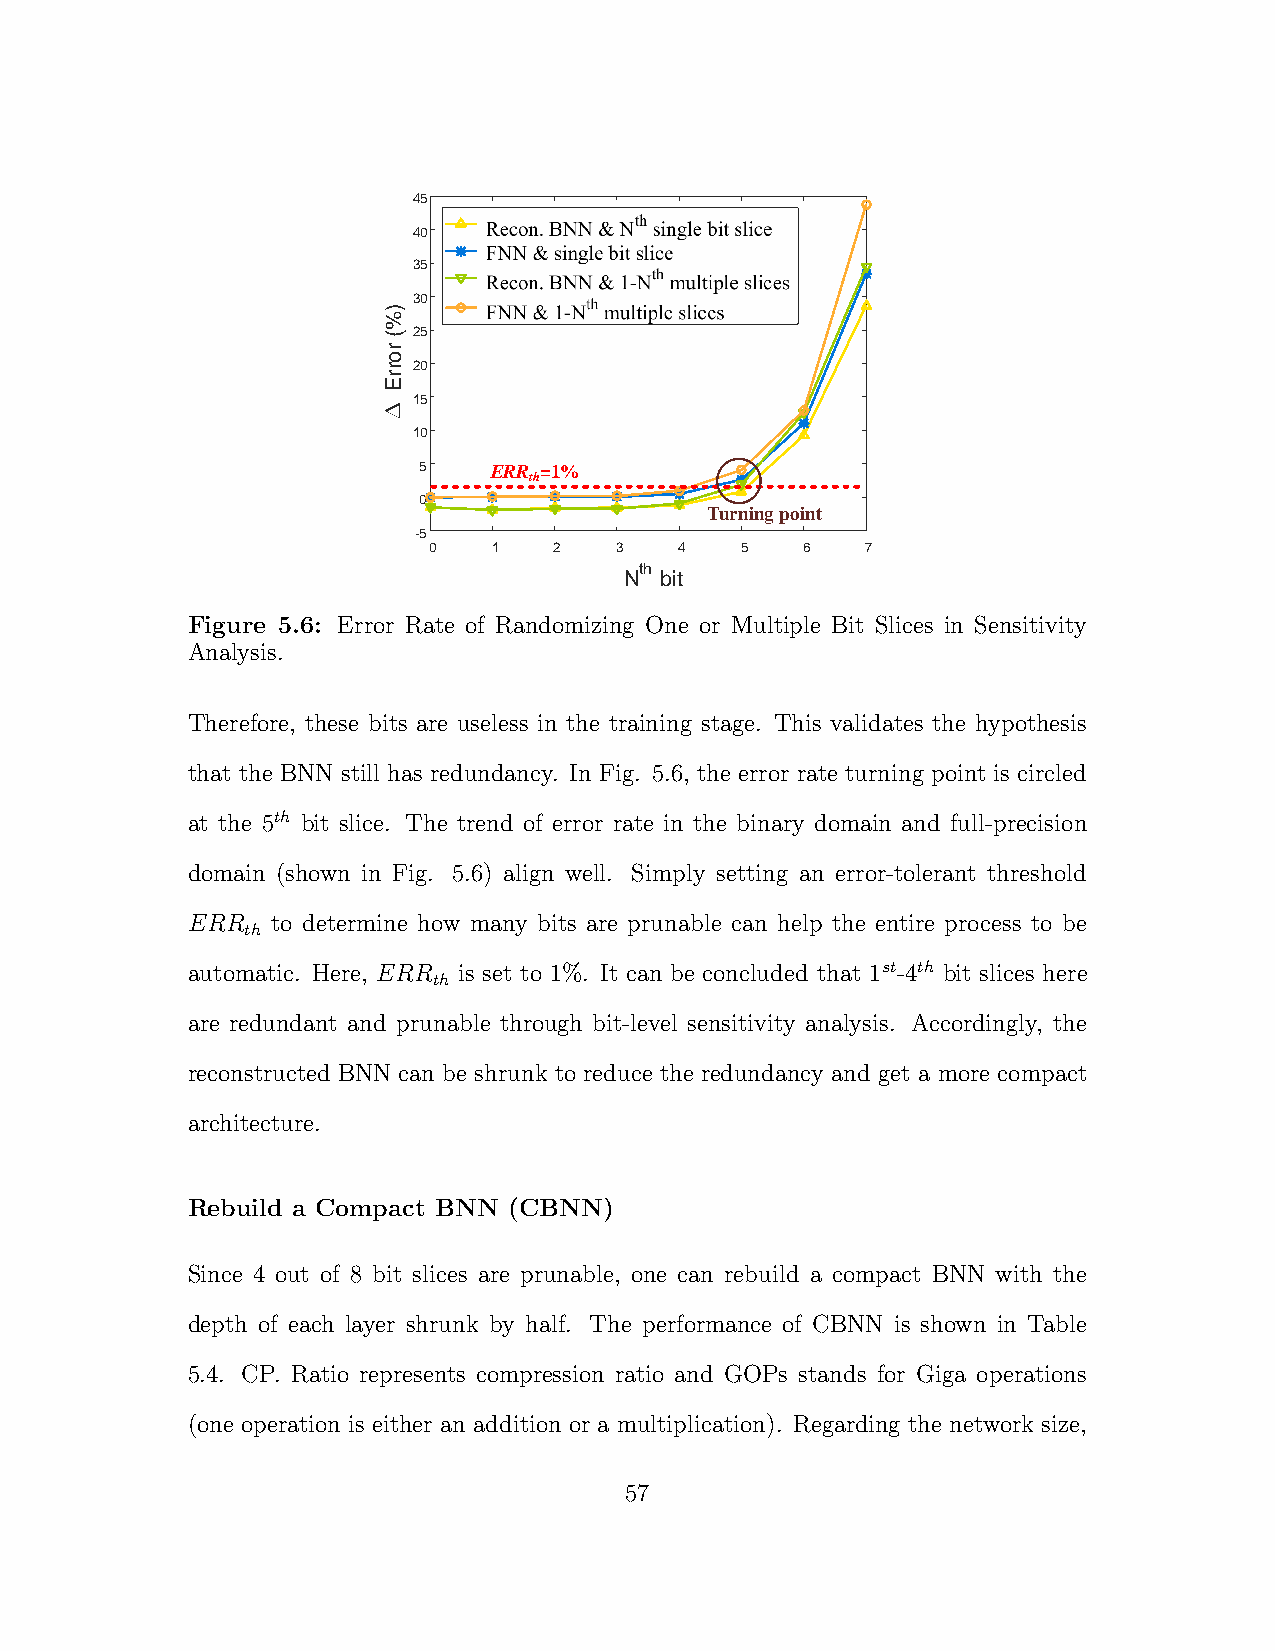
45
 40   BIBNN & Nth single bit slice
 FNN & single bit slice
 35
 BIBNN & 1-Nth multiple slices
 ) 30   FNN & 1-Nth multiple slices
 %
 ( 25
 r
 o
 r 20
 r
 E
 15
 10
 5   ERR =1%
 th
 0
 Turning point
 -5
 0    1   2   3   4   5   6   7
 th
 N  bit
 Figure 5.6: Error Rate of Randomizing One or Multiple Bit Slices in Sensitivity
 Analysis.
 Therefore, these bits are useless in the training stage. This validates the hypothesis
 that the BNN still has redundancy. In Fig. 5.6, the error rate turning point is circled
 at the 5th bit slice. The trend of error rate in the binary domain and full-precision
 domain (shown in Fig. 5.6) align well. Simply setting an error-tolerant threshold
 ERR   to determine how many bits are prunable can help the entire process to be
 th
 automatic. Here, ERR is set to 1%. It can be concluded that 1st-4th bit slices here
 th
 are redundant and prunable through bit-level sensitivity analysis. Accordingly, the
 reconstructed BNN can be shrunk to reduce the redundancy and get a more compact
 architecture.
 Rebuild a Compact BNN (CBNN)
 Since 4 out of 8 bit slices are prunable, one can rebuild a compact BNN with the
 depth of each layer shrunk by half. The performance of CBNN is shown in Table
 5.4. CP. Ratio represents compression ratio and GOPs stands for Giga operations
 (one operation is either an addition or a multiplication). Regarding the network size,
 57